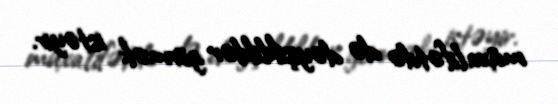
müxalifətdə də dəyişikliklər görmək istəyir.